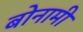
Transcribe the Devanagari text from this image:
बोनामी